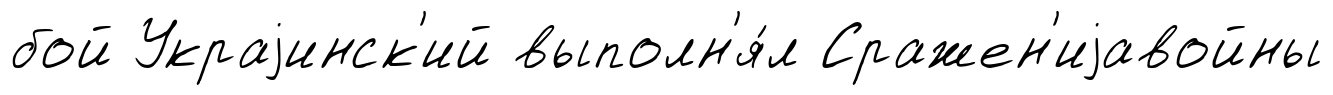
бой Украjинск'ий выполн'я́л Сражен'иjавойны